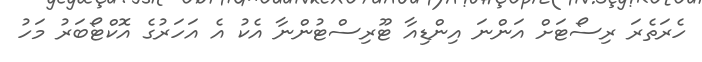
ހެރަތެރަ ރިސޯޓަށް އަންނަ އިންޑިއާ ޓޫރިސްޓުންނާ އެކު އެ އަހަރުގެ އޮކްޓޯބަރު މަހު